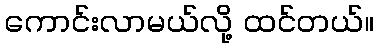
ကောင်းလာမယ်လို့ ထင်တယ်။